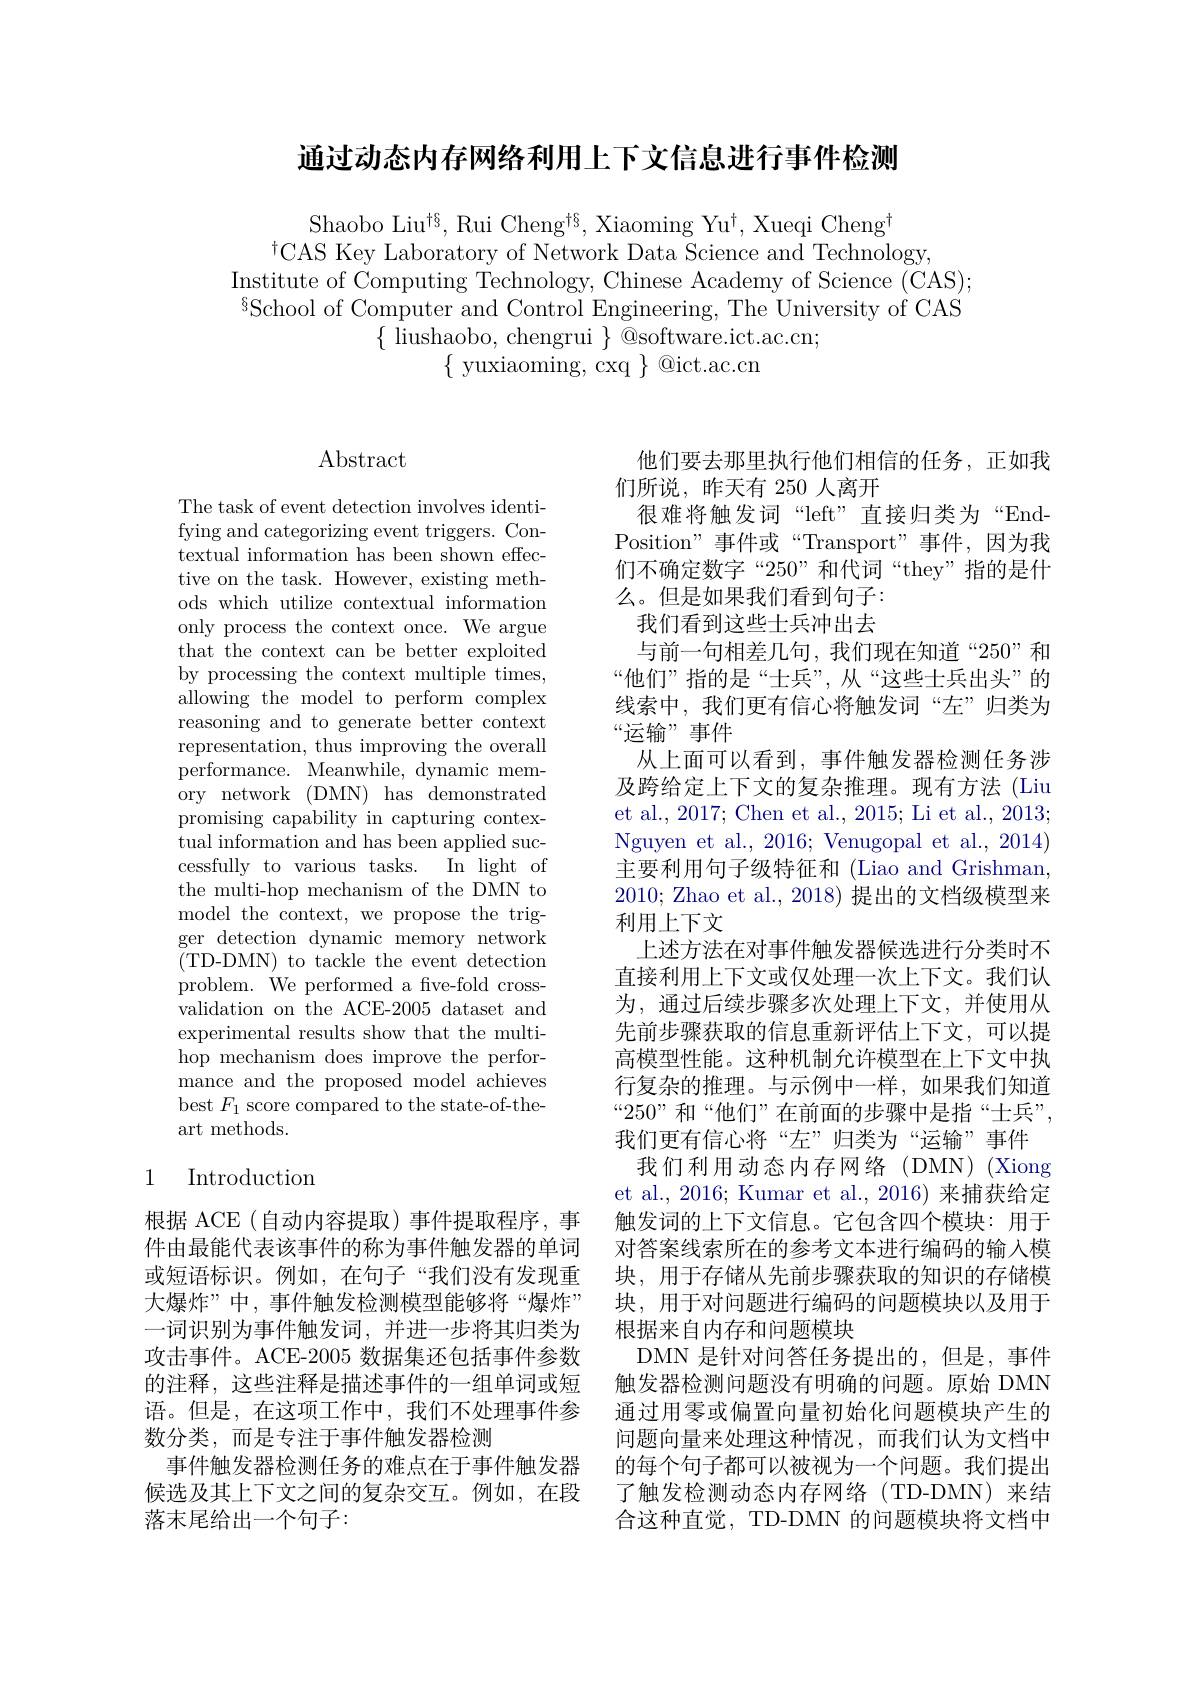
通过动态内存网络利用上下文信息进行事件检测

Shaobo Liu$^{\dagger\S}$, Rui Cheng$^{\dagger\S}$, Xiaoming Yu$^\dagger$, Xueqi Cheng$^{\dagger}$
$^{\dagger}$CAS Key Laboratory of Network Data Science and Technology,
Institute of Computing Technology, Chinese Academy of Science (CAS); $^{8}$School of Computer and Control Engineering, The University of CAS
$\{$ liushaobo, chengrui $\}$ @software.ict.ac.cn;
$\{$ yuxiaoming, cxq $\}$ @ict.ac.cn

$\operatorname{Abstract}$

The task of event detection involves identifying and categorizing event triggers. Contextual information has been shown effective on the task. However, existing methods which utilize contextual information only process the context once. We argue that the context can be better exploited by processing the context multiple times, allowing the model to perform complex reasoning and to generate better context representation, thus improving the overall performance. Meanwhile, dynamic memory network ( DMN) has demonstrated promising capability in capturing contextual information and has been applied successfully to various tasks. In light of the multi-hop mechanism of the DMN to model the context, we propose the trigger detection dynamic memory network (TD-DMN) to tackle the event detection problem. We performed a fve-fold crossvalidation on the ACE-2005 dataset and experimental results show that the multihop mechanism does improve the performance and the proposed model achieves best $F_{1}$ score compared to the state-of-theart methods.

## 1 Introduction

根据 ACE(自动内容提取)事件提取程序，事件由最能代表该事件的称为事件触发器的单词或短语标识。例如，在句子“我们没有发现重大爆炸”中，事件触发检测模型能够将“爆炸” 一词识别为事件触发词，并进一步将其归类为攻击事件。ACE-2005 数据集还包括事件参数的注释，这些注释是描述事件的一组单词或短语。但是，在这项工作中，我们不处理事件参数分类，而是专注于事件触发器检测
事件触发器检测任务的难点在于事件触发器候选及其上下文之间的复杂交互。例如，在段落末尾给出一个句子：

他们要去那里执行他们相信的任务，正如我
们所说，昨天有 250 人离开
很难将触发词“left”直接归类为“EndPosition”事件或“Transport”事件，因为我们不确定数字“250”和代词“they”指的是什么。但是如果我们看到句子：
我们看到这些士兵冲出去
与前一句相差几句，我们现在知道“250”和“他们”指的是“士兵”,从“这些士兵出头”的线索中，我们更有信心将触发词“左”归类为“运输”事件
从上面可以看到，事件触发器检测任务涉及跨给定上下文的复杂推理。现有方法 (Liu et al., 2017; Chen et al., 2015; Li et al., 2013; Nguyen et al., 2016; Venugopal et al., 2014) 主要利用句子级特征和 (Liao and Grishman, 2010; Zhao et al., 2018) 提出的文档级模型来利用上下文
上述方法在对事件触发器候选进行分类时不直接利用上下文或仅处理一次上下文。我们认为，通过后续步骤多次处理上下文，并使用从先前步骤获取的信息重新评估上下文，可以提高模型性能。这种机制允许模型在上下文中执行复杂的推理。与示例中一样，如果我们知道“250”和“他们”在前面的步骤中是指“士兵”, 我们更有信心将“左”归类为“运输”事件
我们利用动态内存网络(DMN)(Xiong et al., 2016; Kumar et al., 2016) 来捕获给定触发词的上下文信息。它包含四个模块：用于对答案线索所在的参考文本进行编码的输入模块，用于存储从先前步骤获取的知识的存储模块，用于对问题进行编码的问题模块以及用于根据来自内存和问题模块
DMN 是针对问答任务提出的，但是，事件触发器检测问题没有明确的问题。原始 DMN 通过用零或偏置向量初始化问题模块产生的问题向量来处理这种情况，而我们认为文档中的每个句子都可以被视为一个问题。我们提出了触发检测动态内存网络(TD-DMN)来结合这种直觉，TD-DMN 的问题模块将文档中